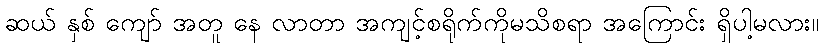
ဆယ် နှစ် ကျော် အတူ နေ လာတာ အကျင့်စရိုက်ကိုမသိစရာ အကြောင်း ရှိပါ့မလား။